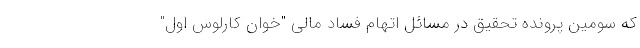
که سومین پرونده تحقیق در مسائل اتهام فساد مالی "خوان کارلوس اول"